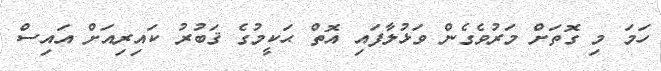
ހަމަ މި ގޮތަށް މަރުވެގެން ވަޅުލާފައި އޮތް ޙަކީމުގެ ޤަބުރު ކައިރިއަށް އައިސް